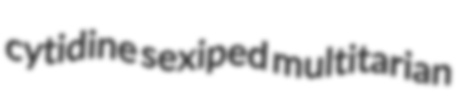
cytidine sexiped multitarian